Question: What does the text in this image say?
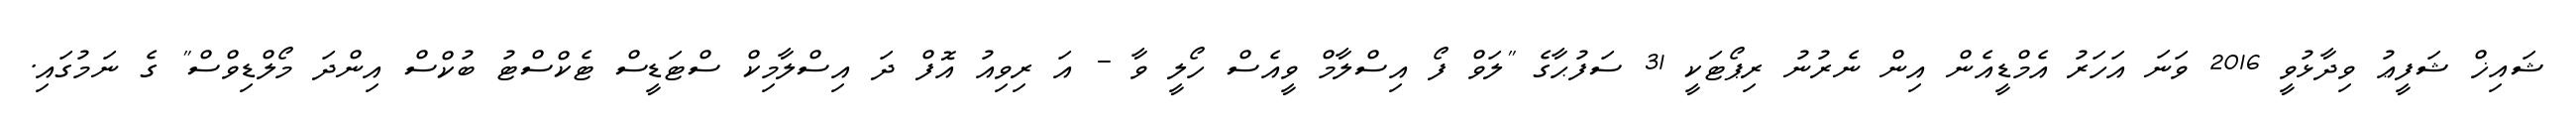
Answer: ޝައިޚް ޝަފީޢު ވިދާޅުވީ 2016 ވަނަ އަހަރު އެމްޑީއެން އިން ނެރުނު ރިޕޯޓަކީ 31 ސަފުޙާގެ "ލަވް ފޯ އިސްލާމް ވީއެސް ހޯލީ ވާ - އަ ރިވިއު އޮފް ދަ އިސްލާމިކް ސްޓަޑީސް ޓެކްސްޓު ބުކްސް އިންދަ މޯލްޑިވްސް" ގެ ނަމުގައި.